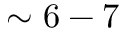
\sim 6 - 7